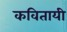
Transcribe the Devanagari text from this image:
कवितायी